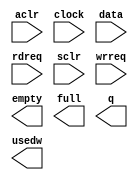
// megafunction wizard: %FIFO%VBB%
// GENERATION: STANDARD
// VERSION: WM1.0
// MODULE: scfifo 

// ============================================================
// Megafunction Name(s):
// 			scfifo
//
// Simulation Library Files(s):
// 			altera_mf
// ============================================================
// ************************************************************
// THIS IS A WIZARD-GENERATED FILE. DO NOT EDIT THIS FILE!
//
// 14.0.0 Build 200 06/17/2014 SJ Full Version
// ************************************************************

//Copyright (C) 1991-2014 Altera Corporation. All rights reserved.
//Your use of Altera Corporation's design tools, logic functions 
//and other software and tools, and its AMPP partner logic 
//functions, and any output files from any of the foregoing 
//(including device programming or simulation files), and any 
//associated documentation or information are expressly subject 
//to the terms and conditions of the Altera Program License 
//Subscription Agreement, the Altera Quartus II License Agreement,
//the Altera MegaCore Function License Agreement, or other 
//applicable license agreement, including, without limitation, 
//that your use is for the sole purpose of programming logic 
//devices manufactured by Altera and sold by Altera or its 
//authorized distributors.  Please refer to the applicable 
//agreement for further details.

module svm_vut_scfifo_3528x32 (
	aclr,
	clock,
	data,
	rdreq,
	sclr,
	wrreq,
	empty,
	full,
	q,
	usedw);

	input	  aclr;
	input	  clock;
	input	[3297:0]  data;
	input	  rdreq;
	input	  sclr;
	input	  wrreq;
	output	  empty;
	output	  full;
	output	[3297:0]  q;
	output	[4:0]  usedw;

endmodule

// ============================================================
// CNX file retrieval info
// ============================================================
// Retrieval info: PRIVATE: AlmostEmpty NUMERIC "0"
// Retrieval info: PRIVATE: AlmostEmptyThr NUMERIC "-1"
// Retrieval info: PRIVATE: AlmostFull NUMERIC "0"
// Retrieval info: PRIVATE: AlmostFullThr NUMERIC "-1"
// Retrieval info: PRIVATE: CLOCKS_ARE_SYNCHRONIZED NUMERIC "0"
// Retrieval info: PRIVATE: Clock NUMERIC "0"
// Retrieval info: PRIVATE: Depth NUMERIC "32"
// Retrieval info: PRIVATE: Empty NUMERIC "1"
// Retrieval info: PRIVATE: Full NUMERIC "1"
// Retrieval info: PRIVATE: INTENDED_DEVICE_FAMILY STRING "Cyclone V"
// Retrieval info: PRIVATE: LE_BasedFIFO NUMERIC "0"
// Retrieval info: PRIVATE: LegacyRREQ NUMERIC "1"
// Retrieval info: PRIVATE: MAX_DEPTH_BY_9 NUMERIC "0"
// Retrieval info: PRIVATE: OVERFLOW_CHECKING NUMERIC "0"
// Retrieval info: PRIVATE: Optimize NUMERIC "0"
// Retrieval info: PRIVATE: RAM_BLOCK_TYPE NUMERIC "0"
// Retrieval info: PRIVATE: SYNTH_WRAPPER_GEN_POSTFIX STRING "0"
// Retrieval info: PRIVATE: UNDERFLOW_CHECKING NUMERIC "0"
// Retrieval info: PRIVATE: UsedW NUMERIC "1"
// Retrieval info: PRIVATE: Width NUMERIC "3298"
// Retrieval info: PRIVATE: dc_aclr NUMERIC "0"
// Retrieval info: PRIVATE: diff_widths NUMERIC "0"
// Retrieval info: PRIVATE: msb_usedw NUMERIC "0"
// Retrieval info: PRIVATE: output_width NUMERIC "3298"
// Retrieval info: PRIVATE: rsEmpty NUMERIC "1"
// Retrieval info: PRIVATE: rsFull NUMERIC "0"
// Retrieval info: PRIVATE: rsUsedW NUMERIC "0"
// Retrieval info: PRIVATE: sc_aclr NUMERIC "1"
// Retrieval info: PRIVATE: sc_sclr NUMERIC "1"
// Retrieval info: PRIVATE: wsEmpty NUMERIC "0"
// Retrieval info: PRIVATE: wsFull NUMERIC "1"
// Retrieval info: PRIVATE: wsUsedW NUMERIC "0"
// Retrieval info: LIBRARY: altera_mf altera_mf.altera_mf_components.all
// Retrieval info: CONSTANT: ADD_RAM_OUTPUT_REGISTER STRING "OFF"
// Retrieval info: CONSTANT: INTENDED_DEVICE_FAMILY STRING "Cyclone V"
// Retrieval info: CONSTANT: LPM_NUMWORDS NUMERIC "32"
// Retrieval info: CONSTANT: LPM_SHOWAHEAD STRING "OFF"
// Retrieval info: CONSTANT: LPM_TYPE STRING "scfifo"
// Retrieval info: CONSTANT: LPM_WIDTH NUMERIC "3298"
// Retrieval info: CONSTANT: LPM_WIDTHU NUMERIC "5"
// Retrieval info: CONSTANT: OVERFLOW_CHECKING STRING "ON"
// Retrieval info: CONSTANT: UNDERFLOW_CHECKING STRING "ON"
// Retrieval info: CONSTANT: USE_EAB STRING "ON"
// Retrieval info: USED_PORT: aclr 0 0 0 0 INPUT NODEFVAL "aclr"
// Retrieval info: USED_PORT: clock 0 0 0 0 INPUT NODEFVAL "clock"
// Retrieval info: USED_PORT: data 0 0 3298 0 INPUT NODEFVAL "data[3297..0]"
// Retrieval info: USED_PORT: empty 0 0 0 0 OUTPUT NODEFVAL "empty"
// Retrieval info: USED_PORT: full 0 0 0 0 OUTPUT NODEFVAL "full"
// Retrieval info: USED_PORT: q 0 0 3298 0 OUTPUT NODEFVAL "q[3297..0]"
// Retrieval info: USED_PORT: rdreq 0 0 0 0 INPUT NODEFVAL "rdreq"
// Retrieval info: USED_PORT: sclr 0 0 0 0 INPUT NODEFVAL "sclr"
// Retrieval info: USED_PORT: usedw 0 0 5 0 OUTPUT NODEFVAL "usedw[4..0]"
// Retrieval info: USED_PORT: wrreq 0 0 0 0 INPUT NODEFVAL "wrreq"
// Retrieval info: CONNECT: @aclr 0 0 0 0 aclr 0 0 0 0
// Retrieval info: CONNECT: @clock 0 0 0 0 clock 0 0 0 0
// Retrieval info: CONNECT: @data 0 0 3298 0 data 0 0 3298 0
// Retrieval info: CONNECT: @rdreq 0 0 0 0 rdreq 0 0 0 0
// Retrieval info: CONNECT: @sclr 0 0 0 0 sclr 0 0 0 0
// Retrieval info: CONNECT: @wrreq 0 0 0 0 wrreq 0 0 0 0
// Retrieval info: CONNECT: empty 0 0 0 0 @empty 0 0 0 0
// Retrieval info: CONNECT: full 0 0 0 0 @full 0 0 0 0
// Retrieval info: CONNECT: q 0 0 3298 0 @q 0 0 3298 0
// Retrieval info: CONNECT: usedw 0 0 5 0 @usedw 0 0 5 0
// Retrieval info: GEN_FILE: TYPE_NORMAL svm_vut_scfifo_3528x32.v TRUE
// Retrieval info: GEN_FILE: TYPE_NORMAL svm_vut_scfifo_3528x32.inc FALSE
// Retrieval info: GEN_FILE: TYPE_NORMAL svm_vut_scfifo_3528x32.cmp FALSE
// Retrieval info: GEN_FILE: TYPE_NORMAL svm_vut_scfifo_3528x32.bsf FALSE
// Retrieval info: GEN_FILE: TYPE_NORMAL svm_vut_scfifo_3528x32_inst.v FALSE
// Retrieval info: GEN_FILE: TYPE_NORMAL svm_vut_scfifo_3528x32_bb.v TRUE
// Retrieval info: LIB_FILE: altera_mf